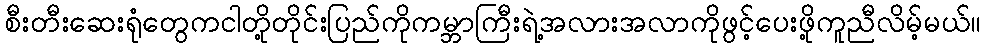
စီးတီးဆေးရုံတွေကငါတို့တိုင်းပြည်ကိုကမ္ဘာကြီးရဲ့အလားအလာကိုဖွင့်ပေးဖို့ကူညီလိမ့်မယ်။